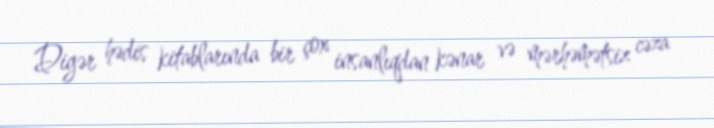
Digər hədis kitablarında bir çox insanlıqdan kənar və mərhəmətsiz cəza